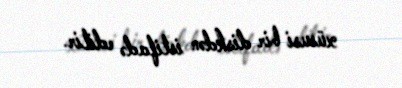
xüsusi bir diskdən istifadə edilir.